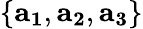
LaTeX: \{ \mathbf{a_{1}},\mathbf{a_{2}},\mathbf{a_{3}}\}